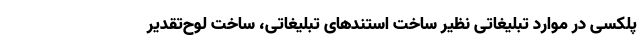
پلکسی در موارد تبلیغاتی نظیر ساخت استندهای تبلیغاتی، ساخت لوح‌تقدیر